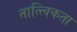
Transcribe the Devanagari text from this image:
तात्त्विकता